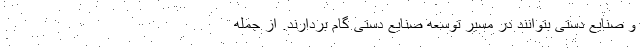
و صنایع دستی بتوانند در مسیر توسعه صنایع دستی گام بردارند. از جمله